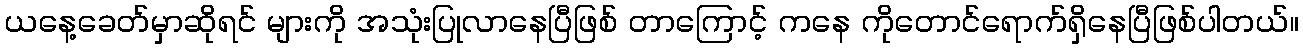
ယနေ့ခေတ်မှာဆိုရင် များကို အသုံးပြုလာနေပြီဖြစ် တာကြောင့် ကနေ ကိုတောင်ရောက်ရှိနေပြီဖြစ်ပါတယ်။